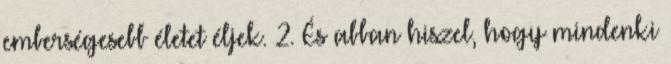
emberségesebb életet éljek. 2. És abban hiszel, hogy mindenki